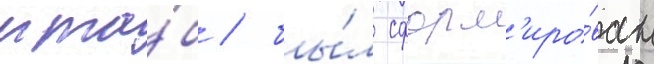
мта́б / бы́л сформ'иро́ван